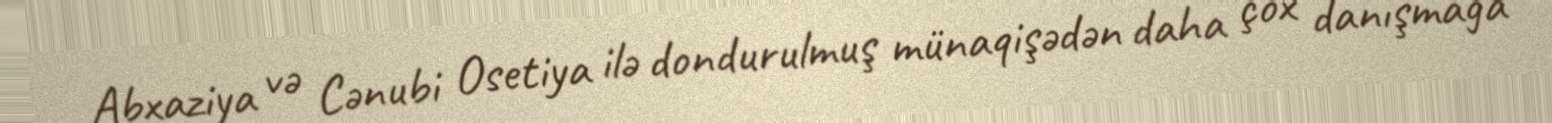
Abxaziya və Cənubi Osetiya ilə dondurulmuş münaqişədən daha çox danışmağa